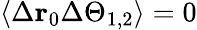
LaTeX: \langle\Delta\mathbf{r}_{0}\Delta\Theta_{1,2}\rangle=0